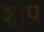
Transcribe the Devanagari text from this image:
क्षप